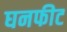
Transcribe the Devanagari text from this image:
घनफीट